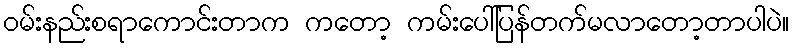
ဝမ်းနည်းစရာကောင်းတာက ကတော့ ကမ်းပေါ်ပြန်တက်မလာတော့တာပါပဲ။